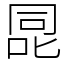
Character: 㖯